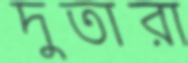
দুতারা